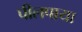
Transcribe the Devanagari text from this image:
पीलपाया